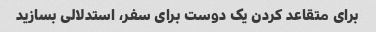
برای متقاعد کردن یک دوست برای سفر، استدلالی بسازید